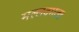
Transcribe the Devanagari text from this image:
मल्लवमल्ल